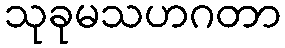
သုခုမသဟဂတာ